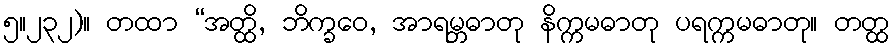
၅။၂၃၂)။ တထာ “အတ္ထိ, ဘိက္ခဝေ, အာရမ္ဘဓာတု နိက္ကမဓာတု ပရက္ကမဓာတု။ တတ္ထ